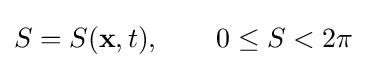
S=S(\mathbf {x} ,t),\qquad 0\leq S<2\pi